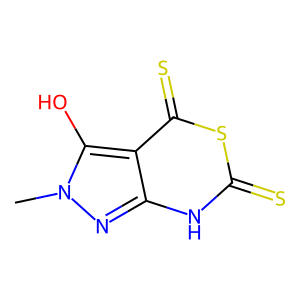
SMILES: Cn1nc2[nH]c(=S)sc(=S)c2c1O
Inhibits HIV replication: No